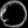
Digit: ၀